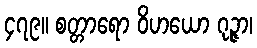
၄၇၉။ စတ္တာရော ဝိဟယော ဂုဉ္ဇာ၊